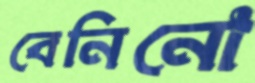
বেনিনো